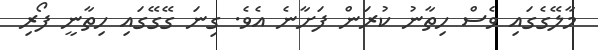
މާލޭގެގައި ވެސް ހިތާނު ކުރަން ފަށާނެ އެވެ. ގިނަ ގޭގޭގައި ހިތާނީ ފޯރި